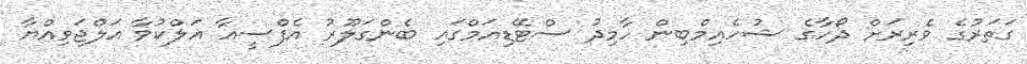
ގަތަރުގެ ވެރިރަށް ދޯހާގެ ޝުހެއިމްބިން ހާމިދު ސްޓޭޑިއަމްގައި ބެންގަލޫރު އެފްސީއާ އަލްކުވާ އަލްޖަވިއްޔާ